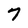
Character: 7